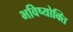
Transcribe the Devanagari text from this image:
भविष्योक्ति